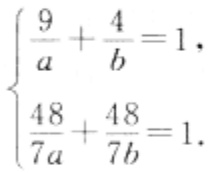
$\begin{cases}

\frac{9}{a}+\frac{4}{b}=1,\\

\frac{48}{7a}+\frac{48}{7b}=1.

\end{cases}$